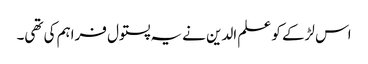
اس لڑکے کو علم الدین نے یہ پستول فراہم کی تھی۔